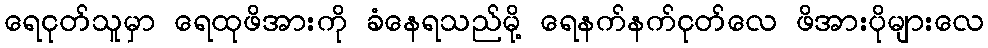
ရေငုတ်သူမှာ ရေထုဖိအားကို ခံနေရသည်မို့ ရေနက်နက်ငုတ်လေ ဖိအားပိုများလေ